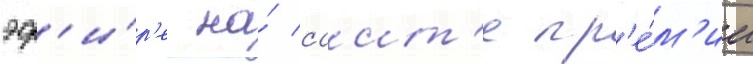
эф'и́р'е на́ саит'е пр'е́м'ии